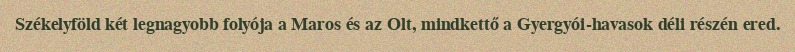
Székelyföld két legnagyobb folyója a Maros és az Olt, mindkettő a Gyergyói-havasok déli részén ered.